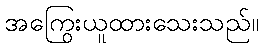
အကြွေးယူထားသေးသည်။